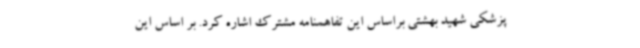
پزشکی شهید بهشتی براساس این تفاهمنامه مشترک اشاره کرد. بر اساس این